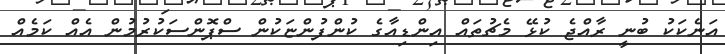
އަނެކަކު ބުނީ ރާއްޖެ ކުޅޭ މެޗުތައް އިންޑިއާގެ ކުންފުންޏަކުން ސްޕޮންސަކުރުމުން އެއް ކަމެއް